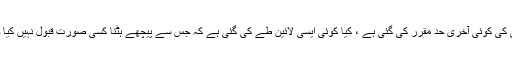
کیا پسپائی کی کوئی آخری حد مقرر کی گئی ہے ، کیا کوئی ایسی لائین طے کی گئی ہے کہ جس سے پیچھے ہٹنا کسی صورت قبول نہیں کیا جا سکتا ؟